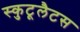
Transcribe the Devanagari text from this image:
स्कुटूलैटस